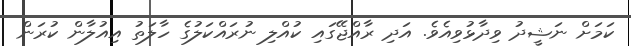
ކަމަށް ނަޝީދު ވިދާޅުވިއެވެ. އަދި ރާއްޖޭގައި ކުއްލި ނުރައްކަލުގެ ހާލަތު އިއުލާން ކުރަން